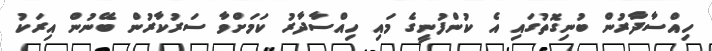
ހިއްސާދާރުން ބުނިގޮތުގައި އެ ކުންފުނީގެ މައި ހިއްސާދާރު ކަމަށްވާ ސަރުކާރުން ބޭނުން އިރަކު